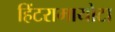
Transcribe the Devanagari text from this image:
हिंटरामायोटा